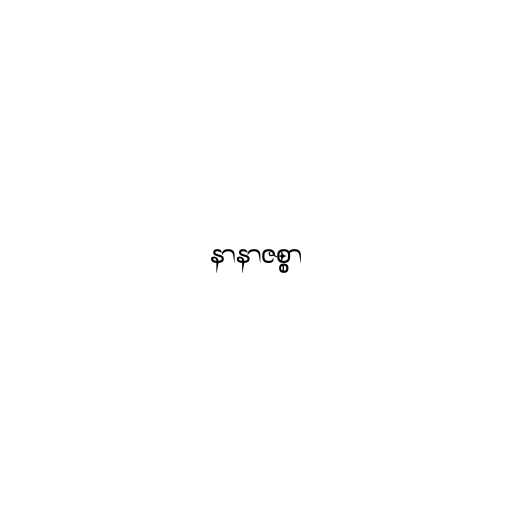
နာနာဇစ္စာ